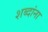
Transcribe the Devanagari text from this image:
शब्‍दांना